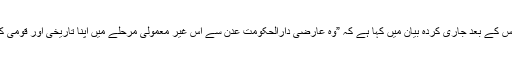
یمنی حکومت نے ان تباہ کن حملوں کے ایک روز بعد بدھ کو اپنے اجلاس کے بعد جاری کردہ بیان میں کہا ہے کہ ”وہ عارضی دارالحکومت عدن سے اس غیر معمولی مرحلے میں اپنا تاریخی اور قومی کردار جاری رکھے گی تاوقتیکہ تمام ملک کو آزاد نہیں کرالیا جاتا ہے”۔